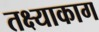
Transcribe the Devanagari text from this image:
तक्ष्याकाग